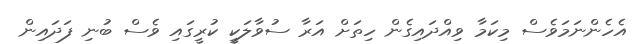
އެހެންނަމަވެސް މިކަމާ ވިއްދައިގެން ހިތަށް އަރާ ސުވާލަކީ ކުރީގައި ވެސް ބުނި ފަދައިން